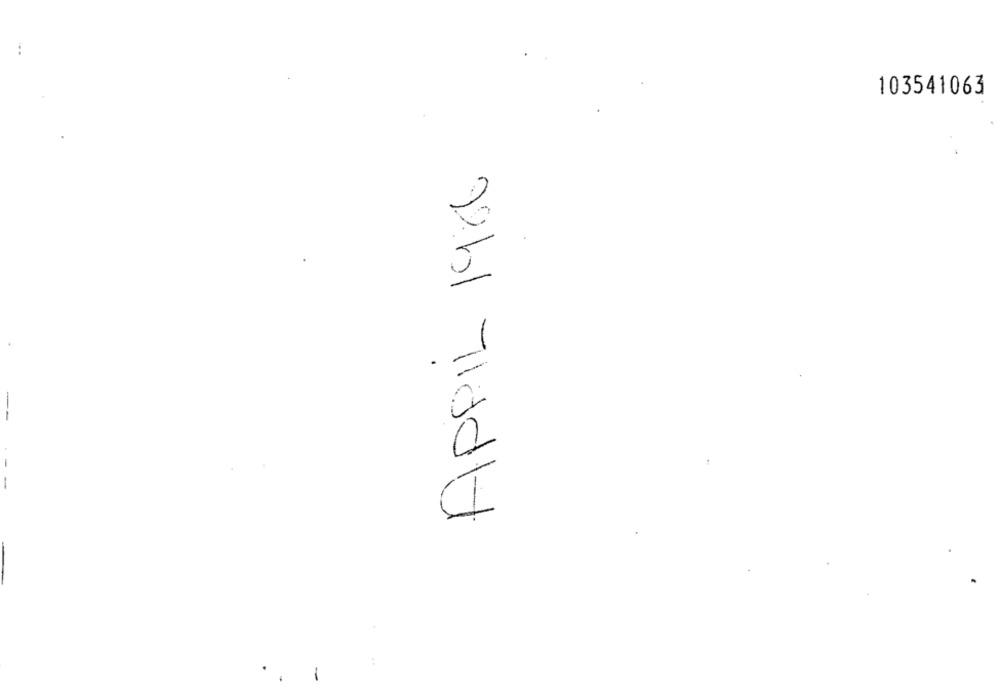
103541063
APRIL 1986
-
-